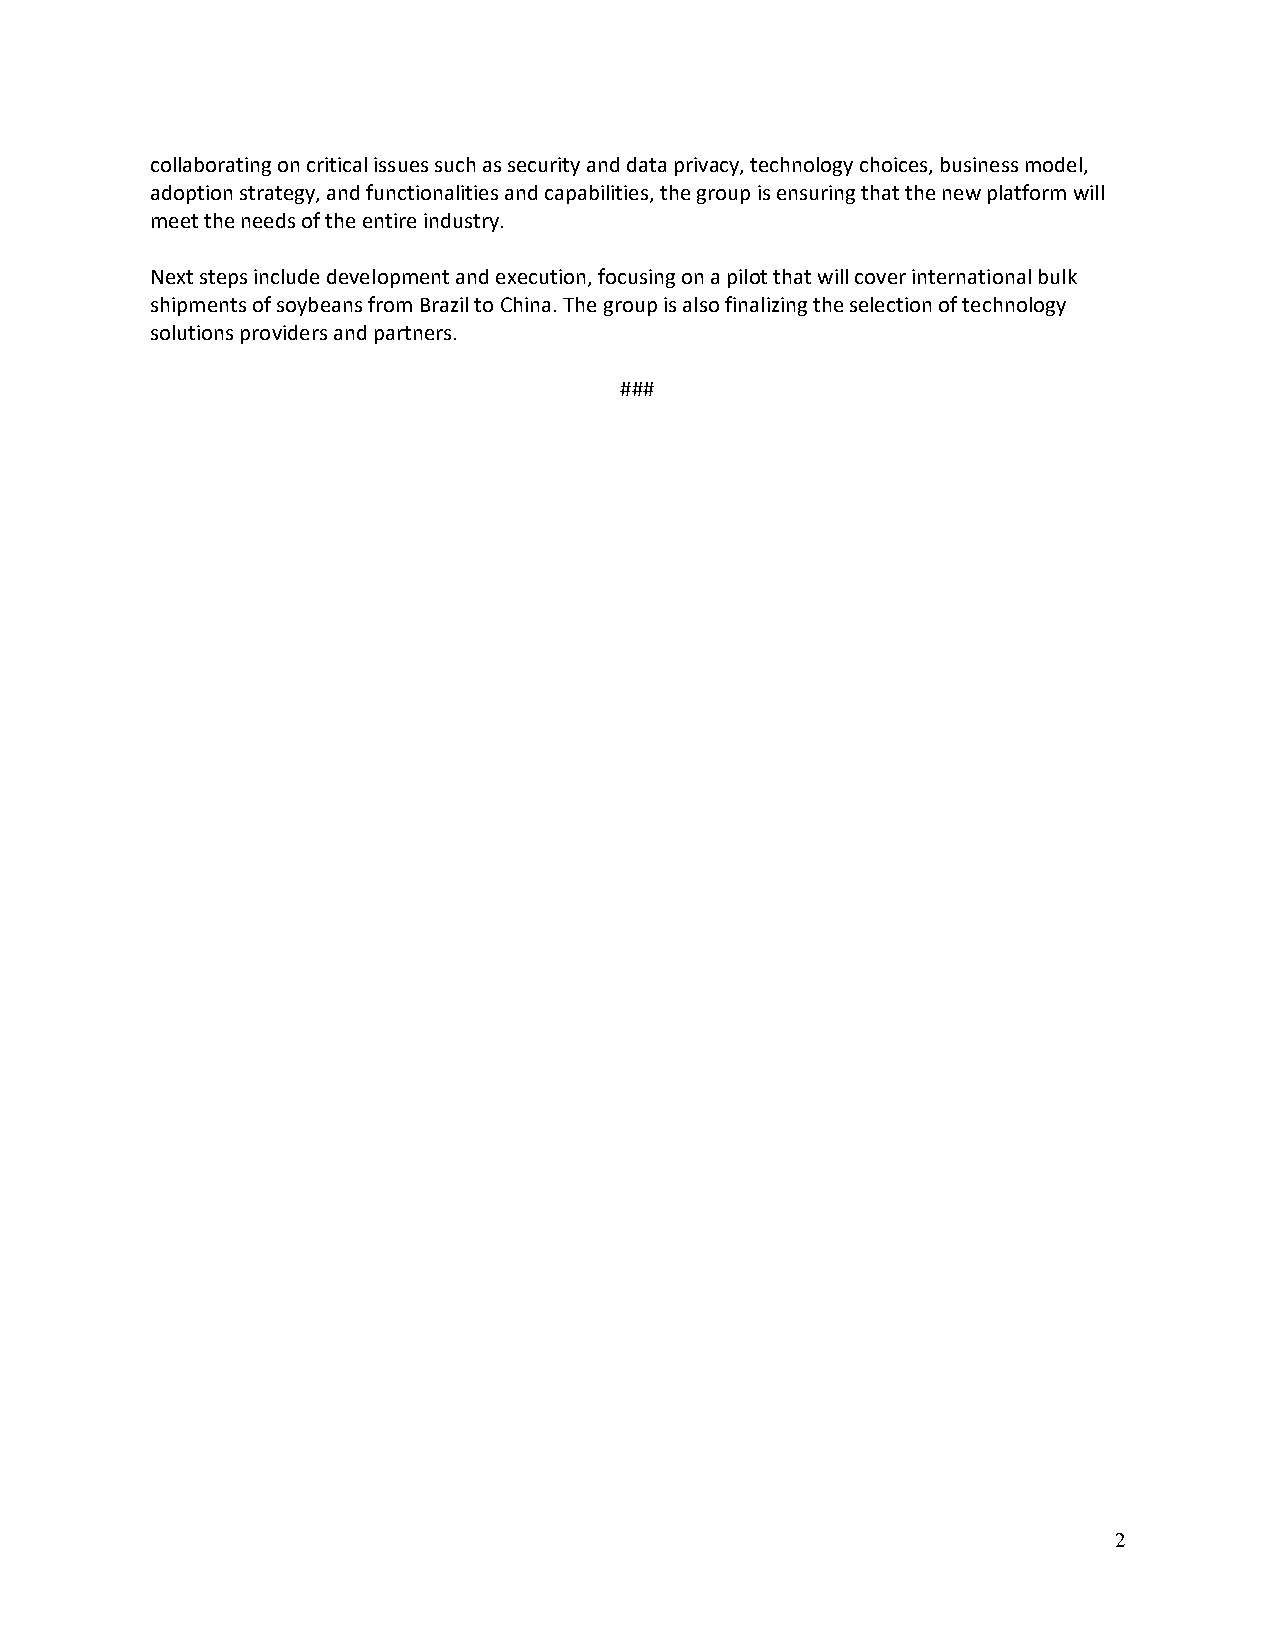
collaborating on critical issues such as security and data privacy, technology choices, business model,
 adoption strategy, and functionalities and capabilities, the group is ensuring that the new platform will
 meet the needs of the entire industry.
 Next steps include development and execution, focusing on a pilot that will cover international bulk
 shipments of soybeans from Brazil to China. The group is also finalizing the selection of technology
 solutions providers and partners.
 ###
 2